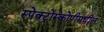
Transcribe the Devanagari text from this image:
स्पेक्ट्रोस्कोपीमधील